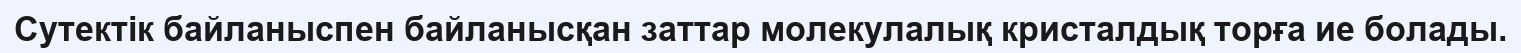
Сутектік байланыспен байланысқан заттар молекулалық кристалдық торға ие болады.